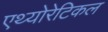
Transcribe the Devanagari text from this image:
एथ्योरेटिकल